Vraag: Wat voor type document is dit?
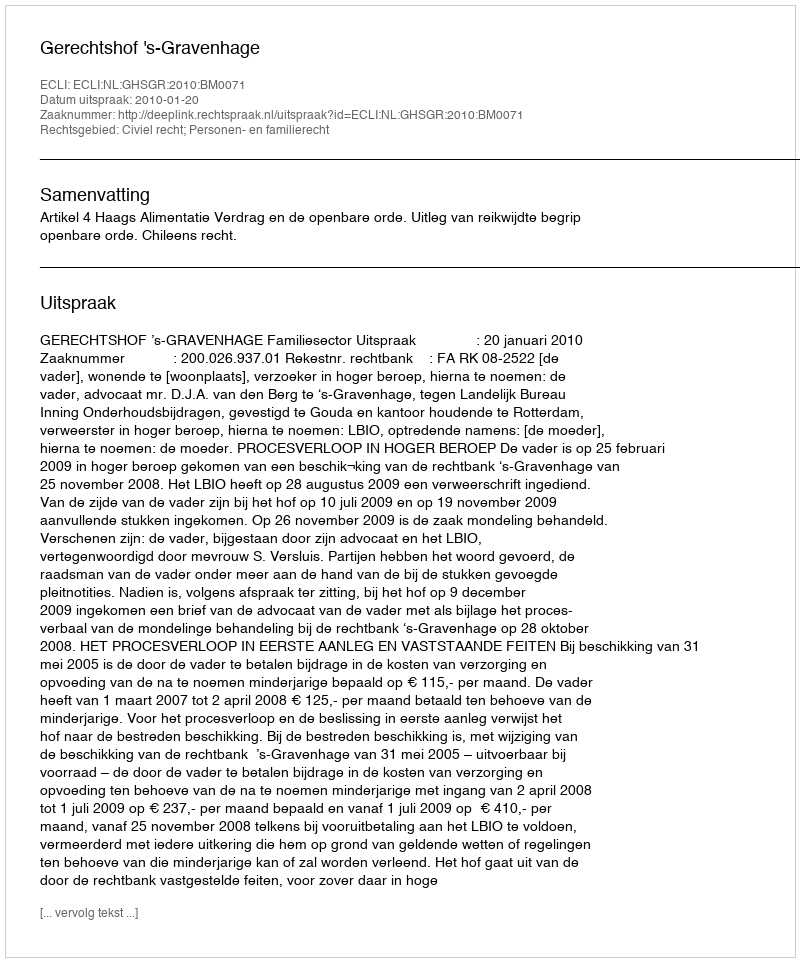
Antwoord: Uitspraak